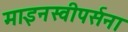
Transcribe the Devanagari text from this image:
माइनस्वीपर्सना